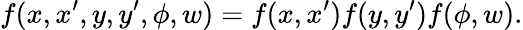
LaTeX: f(x,x^{\prime},y,y^{\prime},\phi,w)=f(x,x^{\prime})f(y,y^{\prime})f(\phi,w).